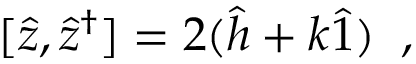
[ \hat { z } , \hat { z } ^ { \dag } ] = 2 ( \hat { h } + k \hat { 1 } ) \; \; ,